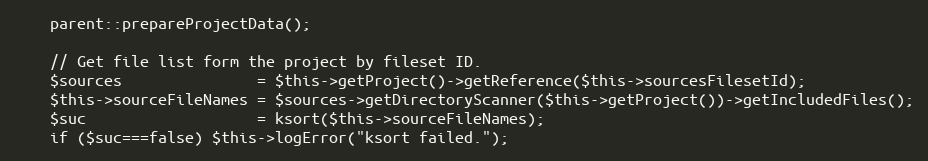
Language: PHP
    parent::prepareProjectData();

    // Get file list form the project by fileset ID.
    $sources               = $this->getProject()->getReference($this->sourcesFilesetId);
    $this->sourceFileNames = $sources->getDirectoryScanner($this->getProject())->getIncludedFiles();
    $suc                   = ksort($this->sourceFileNames);
    if ($suc===false) $this->logError("ksort failed.");